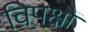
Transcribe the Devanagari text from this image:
विपक्षों